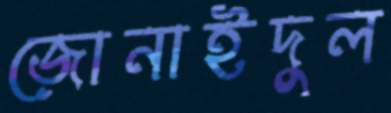
জোনাইদুল